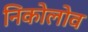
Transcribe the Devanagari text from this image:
निकोलोव